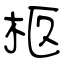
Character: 柩